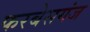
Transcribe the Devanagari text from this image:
फरबेसगंज